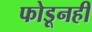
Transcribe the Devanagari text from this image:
फोडूनही